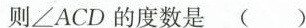
则\angle ACD的度数是()